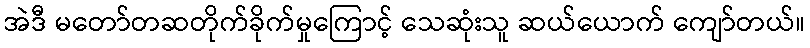
အဲဒီ မတော်တဆတိုက်ခိုက်မှုကြောင့် သေဆုံးသူ ဆယ်ယောက် ကျော်တယ်။